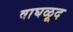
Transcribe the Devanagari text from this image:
वाघळूद